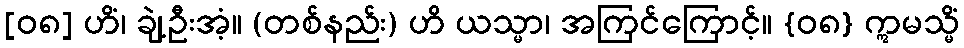
[၀၈] ဟိံ၊ ချဲ့ဦးအံ့။ (တစ်နည်း) ဟိ ယသ္မာ၊ အကြင်ကြောင့်။ {၀၈} ဣမသ္မိံ